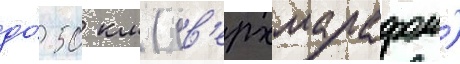
до́ 50 км (св'ерхмарафон)